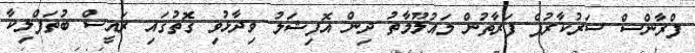
ފްރާންސް ސަރުކާރުފެ ފަރާތުން މައުލޫމާތު ދިން އޮފިޝަލު ވިދާޅުވި ގޮތުގައި ރައީސް ބުތަފްލިކާ